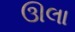
ઊલા